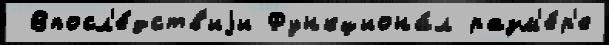
 Впосл'е́дств'иjи Функциона́л разм'е́р'е